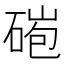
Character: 𥓤